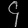
Digit: ၄